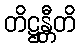
တိဋ္ဌန္တီတိ